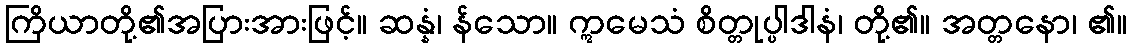
ကြိယာတို့၏အပြားအားဖြင့်။ ဆန္နံ၊ န်သော။ ဣမေသံ စိတ္တုပ္ပါဒါနံ၊ တို့၏။ အတ္တနော၊ ၏။